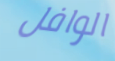
الوافل